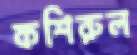
কশিরুল